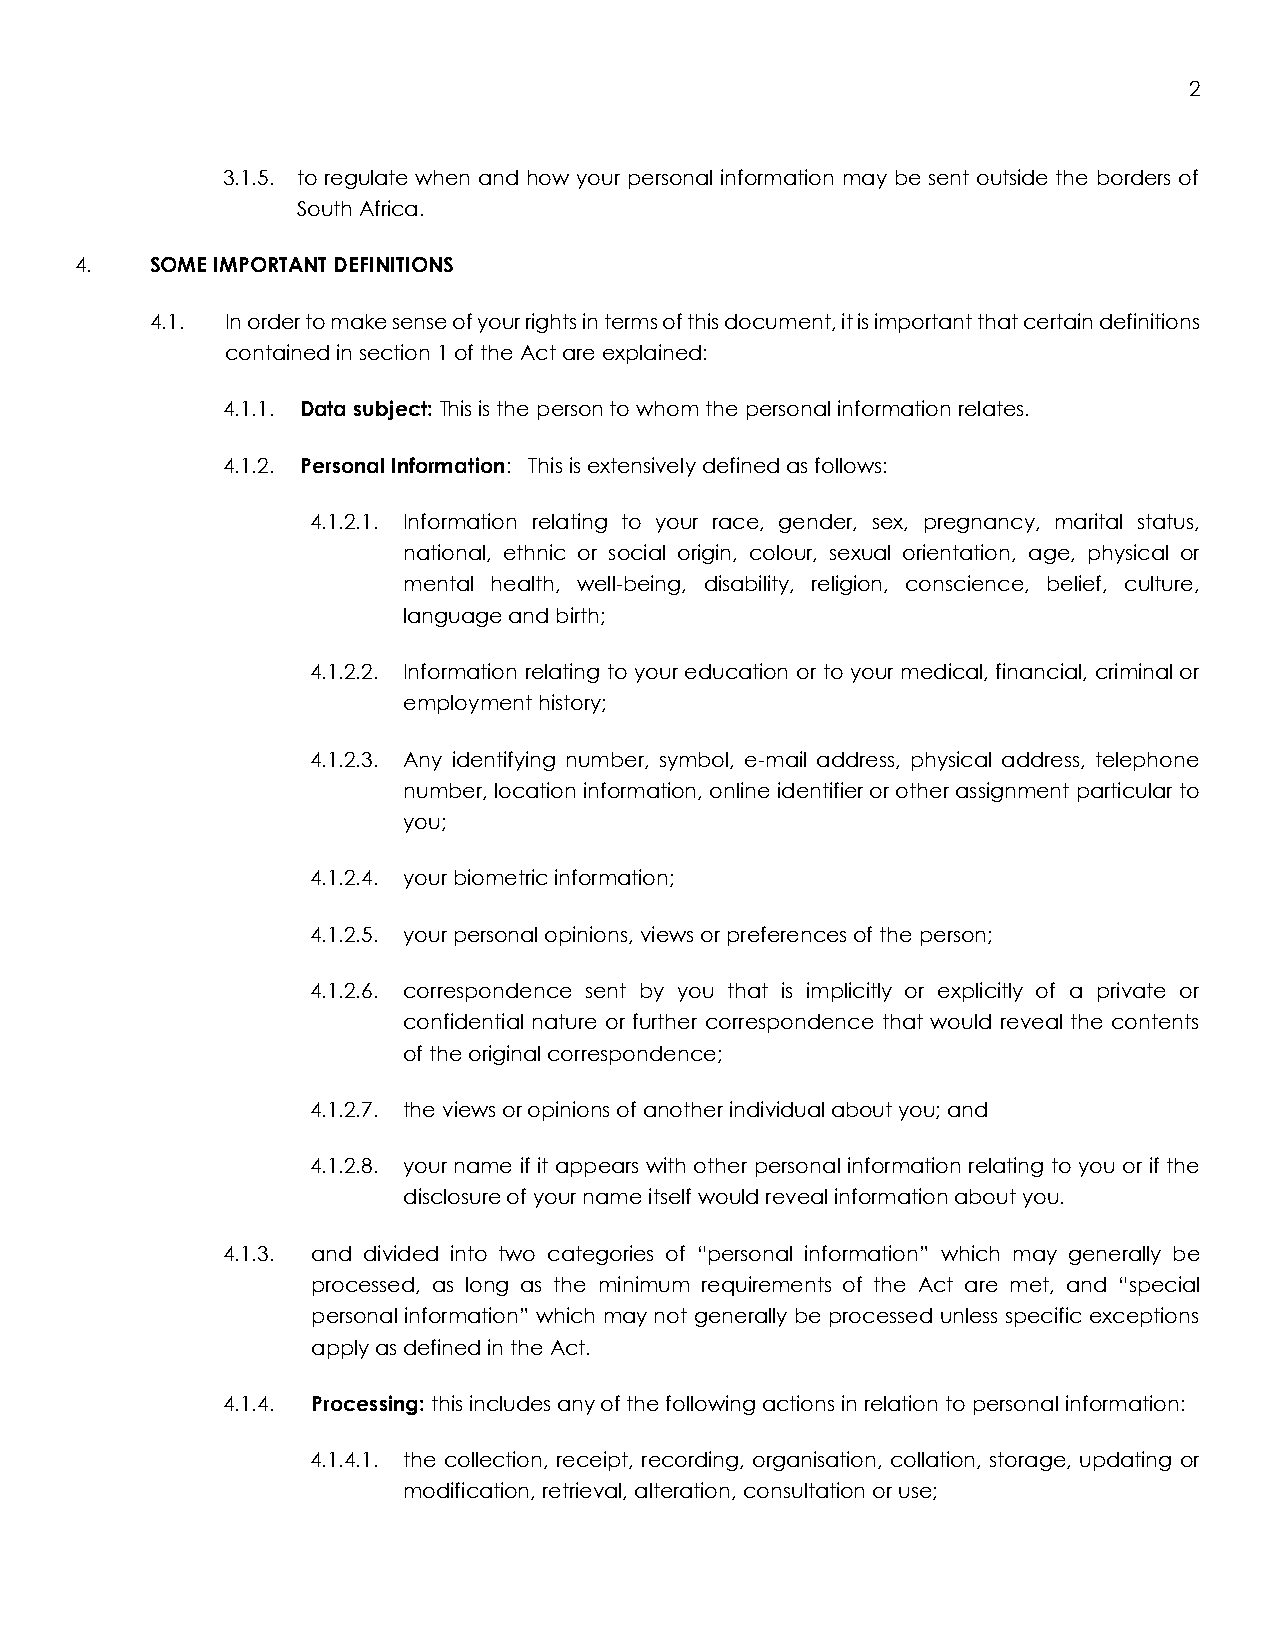
2
 3.1.5. to regulate when and how your personal information may be sent outside the borders of
 South Africa.
 4.   SOME IMPORTANT DEFINITIONS
 4.1. In order to make sense of your rights in terms of this document, it is important that certain definitions
 contained in section 1 of the Act are explained:
 4.1.1. Data subject: This is the person to whom the personal information relates.
 4.1.2. Personal Information: This is extensively defined as follows:
 4.1.2.1. Information relating to your race, gender, sex, pregnancy, marital status,
 national, ethnic or social origin, colour, sexual orientation, age, physical or
 mental health, well-being, disability, religion, conscience, belief, culture,
 language and birth;
 4.1.2.2. Information relating to your education or to your medical, financial, criminal or
 employment history;
 4.1.2.3. Any identifying number, symbol, e-mail address, physical address, telephone
 number, location information, online identifier or other assignment particular to
 you;
 4.1.2.4. your biometric information;
 4.1.2.5. your personal opinions, views or preferences of the person;
 4.1.2.6. correspondence sent by you that is implicitly or explicitly of a private or
 confidential nature or further correspondence that would reveal the contents
 of the original correspondence;
 4.1.2.7. the views or opinions of another individual about you; and
 4.1.2.8. your name if it appears with other personal information relating to you or if the
 disclosure of your name itself would reveal information about you.
 4.1.3. and divided into two categories of “personal information” which may generally be
 processed, as long as the minimum requirements of the Act are met, and “special
 personal information” which may not generally be processed unless specific exceptions
 apply as defined in the Act.
 4.1.4. Processing: this includes any of the following actions in relation to personal information:
 4.1.4.1. the collection, receipt, recording, organisation, collation, storage, updating or
 modification, retrieval, alteration, consultation or use;